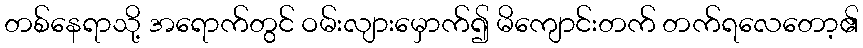
တစ်နေရာသို့ အရောက်တွင် ဝမ်းလျားမှောက်၍ မိကျောင်းတက် တက်ရလေတော့၏